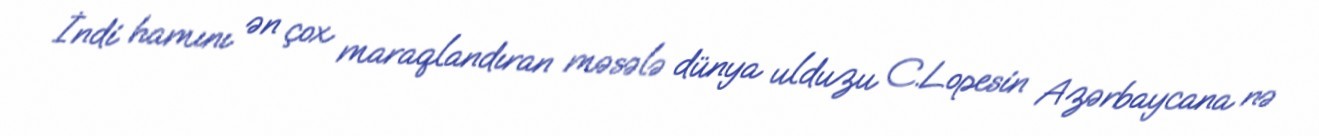
İndi hamını ən çox maraqlandıran məsələ dünya ulduzu C.Lopesin Azərbaycana nə